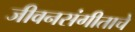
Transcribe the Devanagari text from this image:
जीवनसंगीताचे